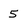
Character: 5